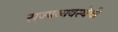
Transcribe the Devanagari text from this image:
राज्यव्यवस्थेची